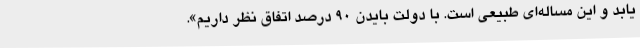
یابد و این مساله‌ای طبیعی است. با دولت بایدن 90 درصد اتفاق نظر داریم».